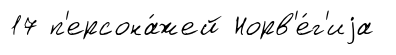
17 п'ерсона́жей Норв'е́г'иjа